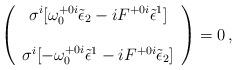
LaTeX: \begin{align*}\left(\begin{array}{c}\sigma^{i} [\omega_{0}^{+0i}\tilde{\epsilon}_{2}-i F^{+0i}\tilde{\epsilon}^{1}] \\\\\sigma^{i} [-\omega_{0}^{+0i}\tilde{\epsilon}^{1}-i F^{+0i}\tilde{\epsilon}_{2}]\end{array}\right)=0\, ,\end{align*}